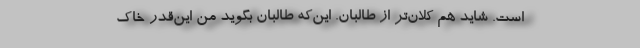
است. شاید هم کلان‌تر از طالبان. این‌که طالبان بگوید من این‌قدر خاک